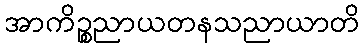
အာကိဉ္စညာယတနသညာယာတိ